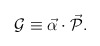
\begin{align*}{\cal G} \equiv \vec{\alpha}\cdot \vec{ {\cal P}}.\end{align*}